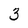
Character: 3